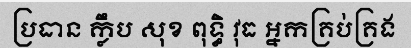
ប្រធាន ក្លឹប សុខ ពុទ្ធិ វុធ អ្នកគ្រប់គ្រង